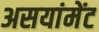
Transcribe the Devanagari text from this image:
असयांमेंट